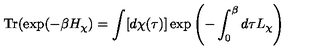
\mathrm { T r } ( \exp ( - \beta H _ { \chi } ) = \int [ d \chi ( \tau ) ] \exp \left( - \int _ { 0 } ^ { \beta } d \tau L _ { \chi } \right)